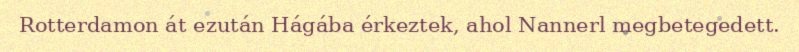
Rotterdamon át ezután Hágába érkeztek, ahol Nannerl megbetegedett.